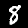
Label: 8